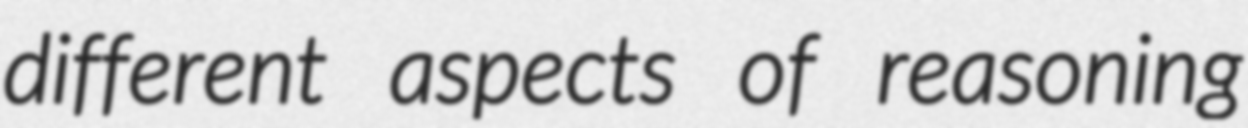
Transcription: different aspects of reasoning